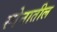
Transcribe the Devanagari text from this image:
स्पेनातील